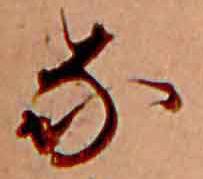
な